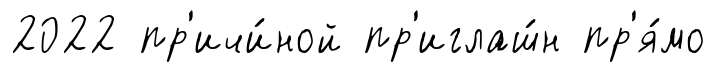
2022 пр'ичи́ной пр'иглаш́н пр'я́мо